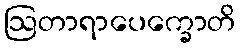
ဩတာရာပေက္ခောတိ